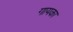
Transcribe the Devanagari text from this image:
गायका